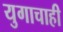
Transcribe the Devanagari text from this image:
युगाचाही